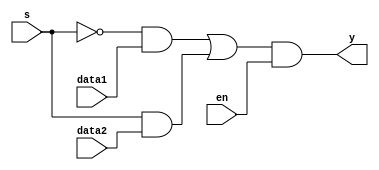
module mux2to1(
    input data1,
    input data2,
    input en,
    input s,
    output y
    );
	 
	 
	 assign y = (((~s) & data1) | ( s & data2)) & en;


endmodule